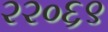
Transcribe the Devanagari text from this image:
२२०६९